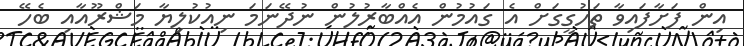
އިން ފަށާފައިވާ ތަހުގީގަށް އެ ގައުމުން އެއްބާރުލުން ނުދޭނަމަ ނިއުކުލިޔާ މަޝްރޫއާއި ބެހޭ